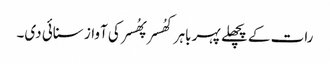
رات کے پچھلے پہر باہر کھُسر پھُسر کی آواز سنائی دی۔